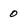
Character: 0